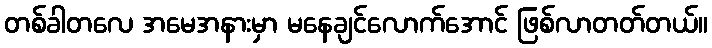
တစ်ခါတလေ အမေအနားမှာ မနေချင်လောက်အောင် ဖြစ်လာတတ်တယ်။